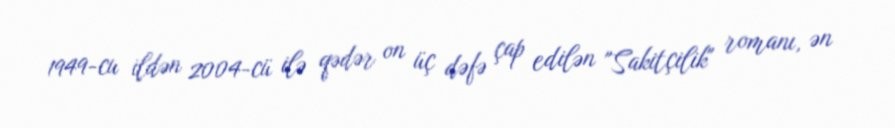
1949-cu ildən 2004-cü ilə qədər on üç dəfə çap edilən "Sakitçilik" romanı, ən